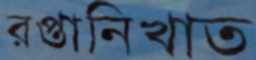
রপ্তানিখাত